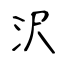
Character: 沢